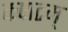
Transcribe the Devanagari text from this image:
कपाटम्